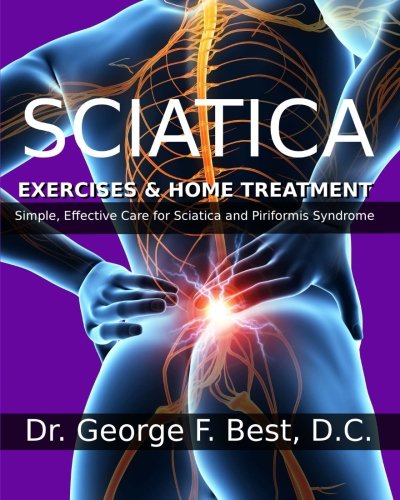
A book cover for Sciatica Exercises & Home Treatment: Simple, Effective Care For Sciatica and Piriformis Syndrome; Dr. George F. Best D.C.; Health, Fitness & Dieting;